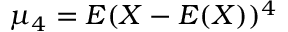
\mu _ { 4 } = E ( X - E ( X ) ) ^ { 4 }